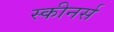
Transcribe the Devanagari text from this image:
स्कीनर्स